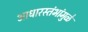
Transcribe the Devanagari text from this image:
आधारस्तंभांमुळे